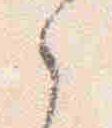
之